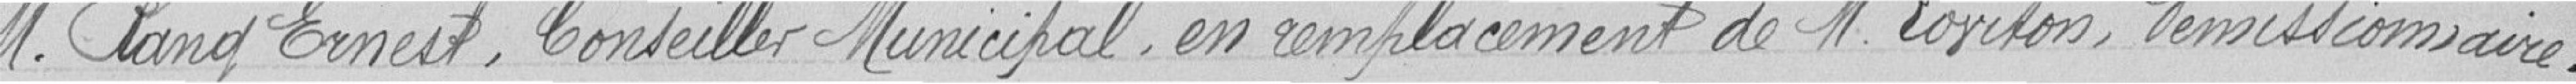
M. Rang Ernest, Conseiller Municipal, en remplacement de M. Loviton, démissionnaire